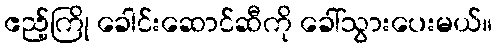
ဧည့်ကြို ခေါင်းဆောင်ဆီကို ခေါ်သွားပေးမယ်။